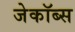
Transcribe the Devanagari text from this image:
जेकॉब्स